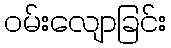
ဝမ်းလျောခြင်း